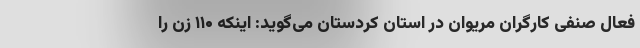
فعال صنفی کارگران مریوان در استان کردستان می‌گوید: اینکه ۱۱۰ زن را